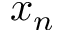
x _ { n }